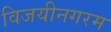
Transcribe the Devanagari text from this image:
विजयीनगरम